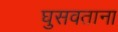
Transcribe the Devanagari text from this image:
घुसवताना